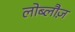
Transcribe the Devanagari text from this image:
लोब्लौज़